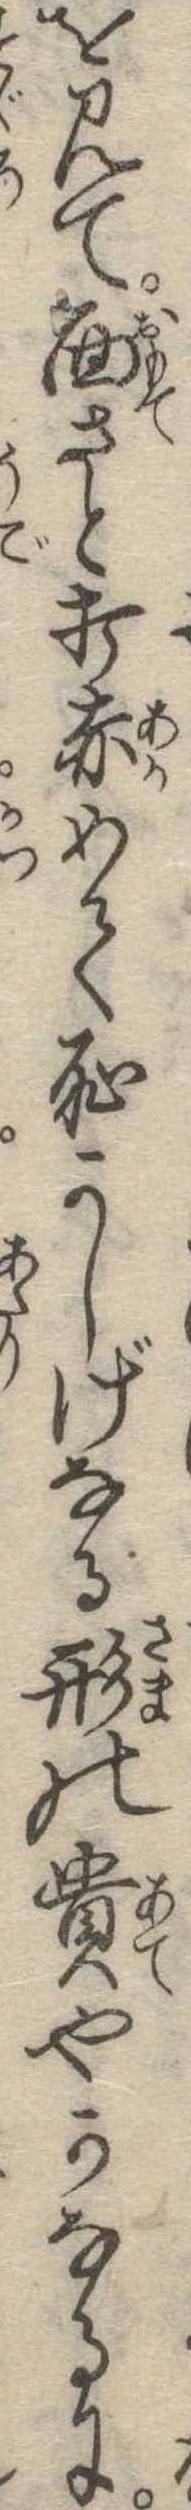
を見て面さと打赤めて恥かしげなる形の貴やかなるに